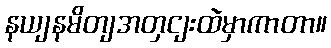
နယျနမိတျအတှငျးထဲမှာကာတာ။